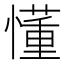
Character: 懂